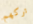
تركهم